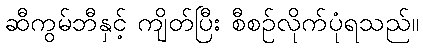
ဆီကွမ်ဘီနှင့် ကျိတ်ပြီး စီစဉ်လိုက်ပုံရသည်။